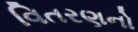
વિતરણનો